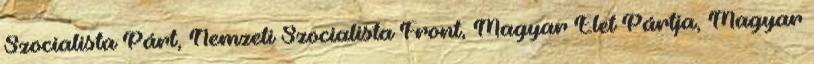
Szocialista Párt, Nemzeti Szocialista Front, Magyar Élet Pártja, Magyar